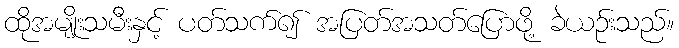
ထိုအမျိုးသမီးနှင့် ပတ်သက်၍ အပြတ်အသတ်ပြောဖို့ ခဲယဉ်းသည်။